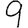
Digit: 9